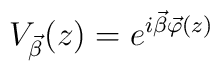
V_{\vec{\beta}}(z)=e^{i\vec{\beta}\vec{\varphi}(z)}